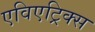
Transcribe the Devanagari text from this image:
एविएट्रिक्स